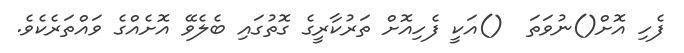
ފެހި އޮށް()ނުވަތަ  ()އަކީ ފެހިއޮށް ތަރުކާރީގެ ގޮތުގައި ބެލެވޭ އޮށެއްގެ ވައްތަރެކެވެ.